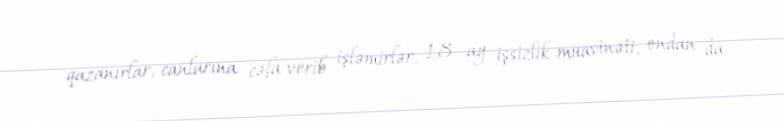
qazanırlar, canlarına cəfa verib işləmirlər, 1,8 ay işsizlik müavinəti, ondan da